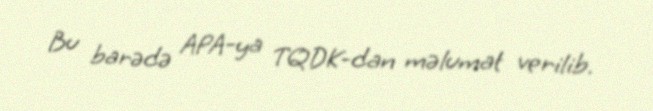
Bu barədə APA-ya TQDK-dan məlumat verilib.